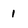
Character: 1